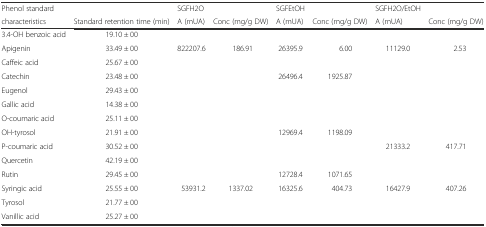
| Phenol standard |  | SGFH2O |  | SGFEtOH |  | SGFH2O/EtOH |  |
 | characteristics | Standard retention time (min) | A (mUA) | Conc (mg/g DW) | A (mUA) | Conc (mg/g DW) | A (mUA) | Conc (mg/g DW) |
 | --- | --- | --- | --- | --- | --- | --- | --- |
 | 3.4-OH benzoic acid | 19.10 ± 00 |  |  |  |  |  |  |
 | Apigenin | 33.49 ± 00 | 822207.6 | 186.91 | 26395.9 | 6.00 | 11129.0 | 2.53 |
 | Caffeic acid | 25.67 ± 00 |  |  |  |  |  |  |
 | Catechin | 23.48 ± 00 |  |  | 26496.4 | 1925.87 |  |  |
 | Eugenol | 29.43 ± 00 |  |  |  |  |  |  |
 | Gallic acid | 14.38 ± 00 |  |  |  |  |  |  |
 | O-coumaric acid | 25.11 ± 00 |  |  |  |  |  |  |
 | OH-tyrosol | 21.91 ± 00 |  |  | 12969.4 | 1198.09 |  |  |
 | P-coumaric acid | 30.52 ± 00 |  |  |  |  | 21333.2 | 417.71 |
 | Quercetin | 42.19 ± 00 |  |  |  |  |  |  |
 | Rutin | 29.45 ± 00 |  |  | 12728.4 | 1071.65 |  |  |
 | Syringic acid | 25.55 ± 00 | 53931.2 | 1337.02 | 16325.6 | 404.73 | 16427.9 | 407.26 |
 | Tyrosol | 21.77 ± 00 |  |  |  |  |  |  |
 | Vanillic acid | 25.27 ± 00 |  |  |  |  |  |  |